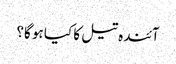
آئندہ تیل کا کیا ہو گا؟